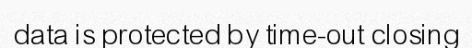
data is protected by time-out closing